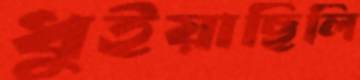
ধুইয়াছিলি